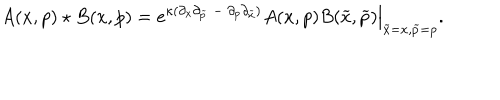
A ( x , p ) \star B ( x , p ) = e ^ { \kappa ( \partial _ { x } \partial _ { \widetilde { p } } { ~ } - { ~ } \partial _ { p } \partial _ { \widetilde { x } } ) } A ( x , p ) B ( { \widetilde { x } } , { \widetilde { p } } ) \Big | _ { { \widetilde { x } = x } , { \widetilde { p } = p } } .